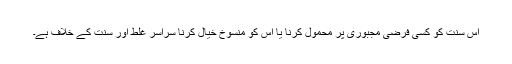
اس سنت کو کسی فرضی مجبوری پر محمول کرنا یا اس کو منسوخ خیال کرنا سراسر غلط اور سنت کے خلاف ہے۔